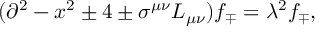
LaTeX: ( \partial ^ { 2 } - x ^ { 2 } \pm 4 \pm \sigma ^ { \mu \nu } L _ { \mu \nu } ) f _ { \mp } = \lambda ^ { 2 } f _ { \mp } ,